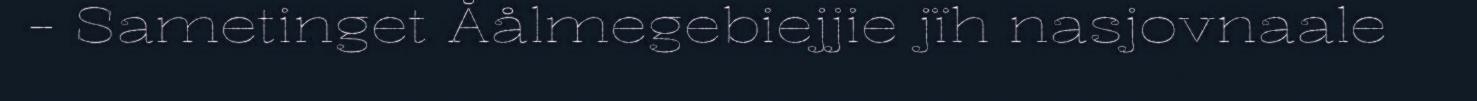
- Sametinget Åålmegebiejjie jïh nasjovnaale